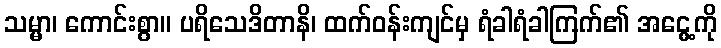
သမ္မာ၊ ကောင်းစွာ။ ပရိသေဒိတာနိ၊ ထက်ဝန်းကျင်မှ ရံခါရံခါကြက်၏ အငွေ့ကို